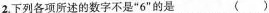
2.下列各项所述的数字不是”6”的是 ()